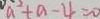
a ^ { 2 } + a - 4 = 0